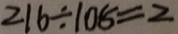
2 1 6 \div 1 0 8 = 2